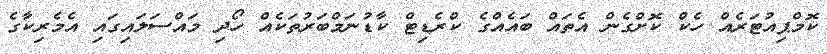
ކޮމްޕިއުޓަރެއް ހެކް ކޮށްގެން އެތައް ބައެއްގެ ކްރެޑިޓް ކާޑުނަމްބަރުތަކެއް ހޯދި މައްސަލައިގައި އެމެރިކާގެ